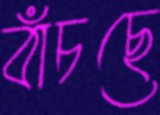
বাঁচছে